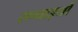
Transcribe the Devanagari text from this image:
सच्‍चाइयों